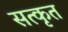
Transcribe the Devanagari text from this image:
सत्कृत